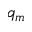
q _ { m }